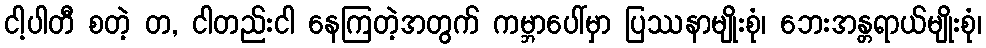
ငါ့ပါတီ စတဲ့ တ, ငါတည်းငါ နေကြတဲ့အတွက် ကမ္ဘာပေါ်မှာ ပြဿနာမျိုးစုံ၊ ဘေးအန္တရာယ်မျိုးစုံ၊